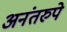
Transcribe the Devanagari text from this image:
अनंतरुपे